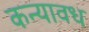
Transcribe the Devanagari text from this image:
कन्यावध